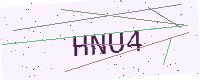
Text: HNU4